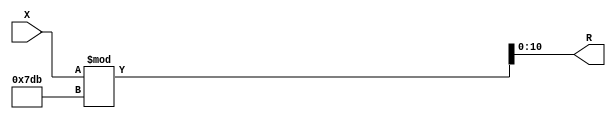
module x_400_mod_2011_reg(
    input [400:1] X,
    output [11:1] R
    );


assign R = X % 2011;

endmodule